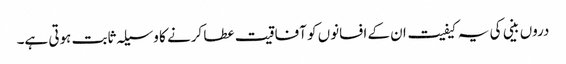
دروں بینی کی یہ کیفیت ان کے افسانوں کو آفاقیت عطا کرنے کا وسیلہ ثابت ہوتی ہے۔